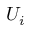
U _ { i }